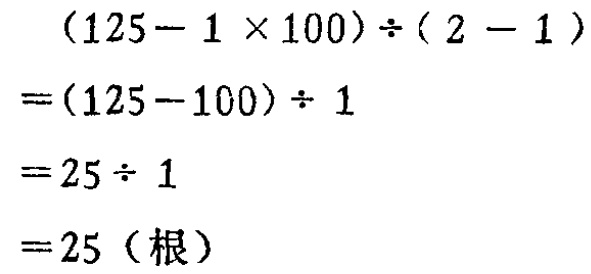
\[

\begin{align*}

&(125 - 1\times100)\div(2 - 1)\\

=&(125 - 100)\div1\\

=&25\div1\\

=&25 (\text{根})

\end{align*}

\]